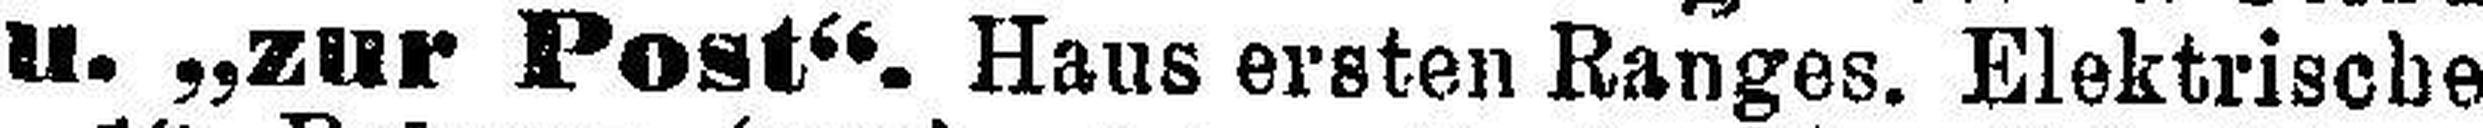
u. „zur Post“. Haus ersten Ranges. Elektrische